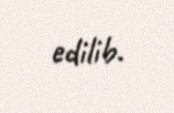
edilib.